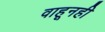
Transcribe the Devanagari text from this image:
वाहूनही